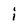
Character: i